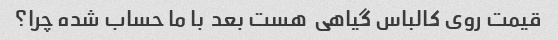
قیمت روی کالباس گیاهی  هست بعد  با ما حساب شده چرا؟